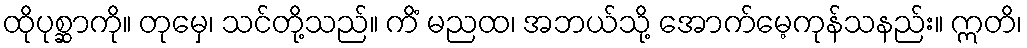
ထိုပုစ္ဆာကို။ တုမှေ၊ သင်တို့သည်။ ကိံ မညထ၊ အဘယ်သို့ အောက်မေ့ကုန်သနည်း။ ဣတိ၊